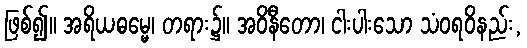
ဖြစ်၍။ အရိယဓမ္မေ၊ တရား၌။ အဝိနီတော၊ ငါးပါးသော သံဝရဝိနည်း,